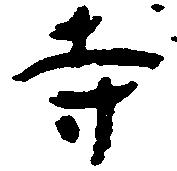
寺